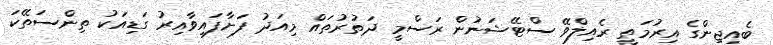
ބެއިޖިންގެ އިރުމަތީ ރެއިލްވޭ ސްޓޭޝަނުން ރަސްމީ ދަތުރުތައް މިއަދު ފަށާފައިވާއިރު ގަޑިއަކު ތިންސަތޭކަ